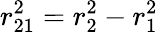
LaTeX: r_{21}^{2}=r_{2}^{2}-r_{1}^{2}